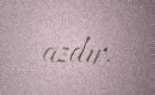
azdır.